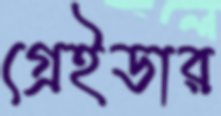
গ্রেইডার